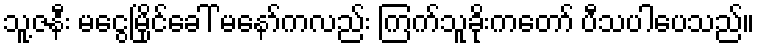
သူ့ဇနီး မငွေမြိုင်ခေါ် မနော်ကလည်း ကြက်သူခိုးကတော် ပီသပါပေသည်။